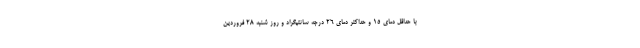
با حداقل دمای ۱۵ و حداکثر دمای ۲۶ درجه سانتیگراد و روز شنبه ۲۸ فروردین